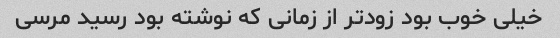
خیلی خوب بود زود‌تر از زمانی که نوشته بود رسید مرسی